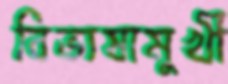
বিভাষামুখী